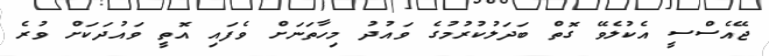
ޖޭއެސްސީ އެކުލެވޭ ގޮތް ބަދަލުކުރުމުގެ ވައުދު މިހާތަނަށް ވެފައިި އޮތީ ވައުދަކަށް ވުރެ